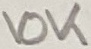
Text: 10K